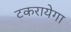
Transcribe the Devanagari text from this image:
टकरायेगा